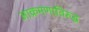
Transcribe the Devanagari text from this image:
आक्रमणाविरुद्ध